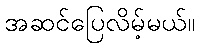
အဆင်ပြေလိမ့်မယ်။